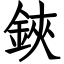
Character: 鋏